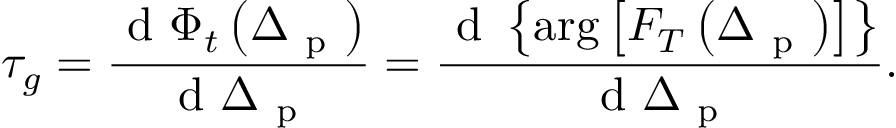
\tau _ { g } = \frac { \mathrm { ~ d ~ } \Phi _ { t } \left( \Delta _ { \mathrm { ~ p ~ } } \right) } { \mathrm { ~ d ~ } \Delta _ { \mathrm { ~ p ~ } } } = \frac { \mathrm { ~ d ~ } \left\{ \arg \left[ F _ { T } \left( \Delta _ { \mathrm { ~ p ~ } } \right) \right] \right\} } { \mathrm { ~ d ~ } \Delta _ { \mathrm { ~ p ~ } } } .